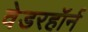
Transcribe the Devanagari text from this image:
वेडरहॉर्न